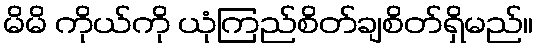
မိမိ ကိုယ်ကို ယုံကြည်စိတ်ချစိတ်ရှိမည်။